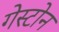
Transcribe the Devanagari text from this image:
गेस्टोन